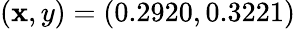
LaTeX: (\mathbf{x},y)=(0.2920,0.3221)